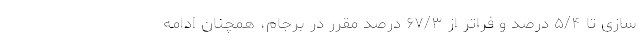
سازی تا ۵/۴ درصد و فراتر از ۶۷/۳ درصد مقرر در برجام، همچنان ادامه